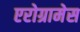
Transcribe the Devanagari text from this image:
एरोग्रामेस